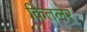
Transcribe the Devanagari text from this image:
कितलर